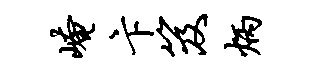
崦卞笈炳